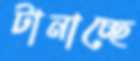
টানাচ্ছে